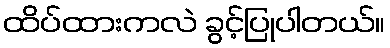
ထိပ်ထားကလဲ ခွင့်ပြုပါတယ်။